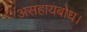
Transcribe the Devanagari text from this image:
असहायबोध।